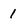
Character: 1